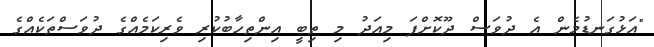
"އަޅުގަނޑުމެން އެ ދުވަސް ދޫކޮށްފަ މިއަދު މި ތިބީ އިންތިހާބުކުރި ވެރިކަމެއްގެ ދުވަސްތަކެއްގެ